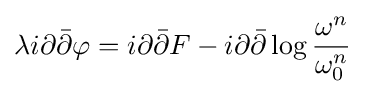
\lambda i\partial {\bar {\partial }}\varphi =i\partial {\bar {\partial }}F-i\partial {\bar {\partial }}\log {\frac {\omega ^{n}}{\omega _{0}^{n}}}